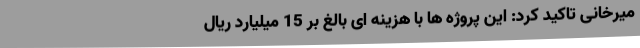
میرخانی تاکید کرد: این پروژه ها با هزینه ای بالغ بر 15 میلیارد ریال